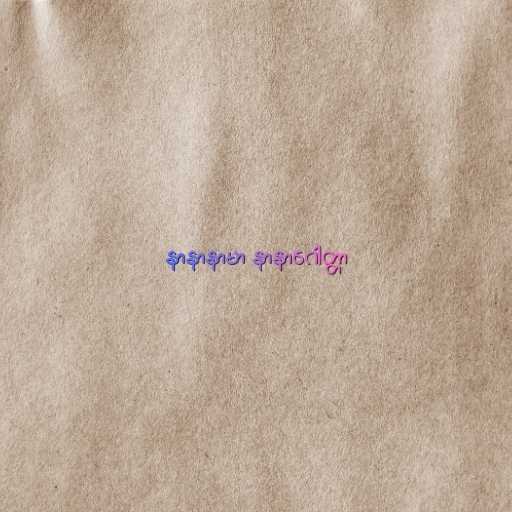
နာနာနာမာ နာနာဂေါတ္တာ